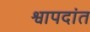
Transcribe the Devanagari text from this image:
श्वापदांत